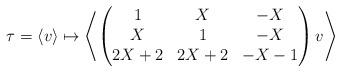
LaTeX: \begin{align*} \tau = \left<v\right> \mapsto \left<\begin{pmatrix}1 & X & -X\\X & 1 & -X\\ 2X+2 & 2X+2 & -X-1\end{pmatrix}v\right>\end{align*}